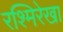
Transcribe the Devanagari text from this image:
रश्मिरेखा